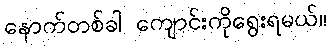
နောက်တစ်ခါ ကျောင်းကိုရွေးရမယ်။